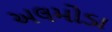
અલમોડા